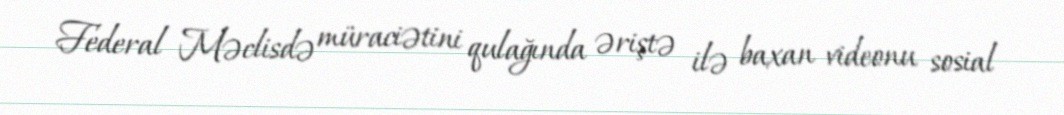
Federal Məclisdə müraciətini qulağında əriştə ilə baxan videonu sosial